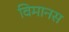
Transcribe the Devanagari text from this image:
विमानस